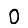
Digit: 0